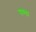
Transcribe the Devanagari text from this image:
पण्ता